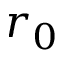
r _ { 0 }